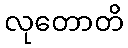
လုတောတိ